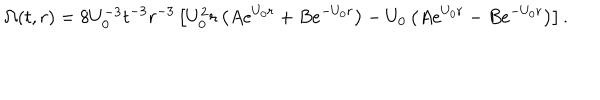
\Omega ( t , r ) = 8 U _ { 0 } ^ { - 3 } t ^ { - 3 } r ^ { - 3 } \left[ U _ { 0 } ^ { 2 } r \left( A e ^ { U _ { 0 } r } + B e ^ { - U _ { 0 } r } \right) - U _ { 0 } \left( A e ^ { U _ { 0 } r } - B e ^ { - U _ { 0 } r } \right) \right] .